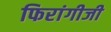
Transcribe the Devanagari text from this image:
फिरांगीजी